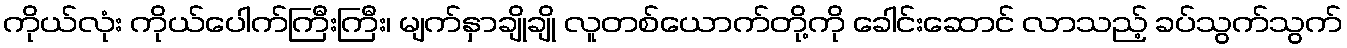
ကိုယ်လုံး ကိုယ်ပေါက်ကြီးကြီး၊ မျက်နှာချိုချို လူတစ်ယောက်တို့ကို ခေါင်းဆောင် လာသည့် ခပ်သွက်သွက်